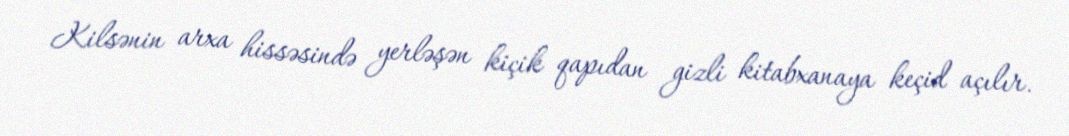
Kilsənin arxa hissəsində yerləşən kiçik qapıdan gizli kitabxanaya keçid açılır.